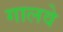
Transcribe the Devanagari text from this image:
गालवे